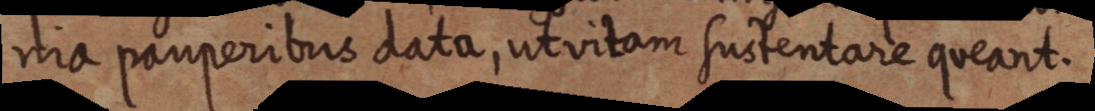
nia pauperibus data, ut vitam sustentare queant.